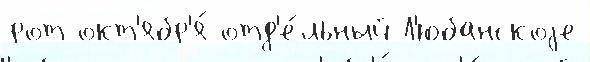
рот окт'ябр'я́ отд'е́льный Л'юбанскоjе